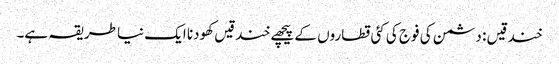
خندقیں : دشمن کی فوج کی کئی قطاروں کے پیچھے خندقیں کھودنا ایک نیا طریقہ ہے۔